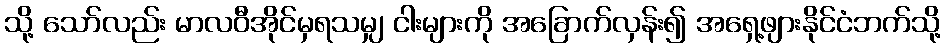
သို့ သော်လည်း မာလဝီအိုင်မှရသမျှ ငါးများကို အခြောက်လှန်း၍ အရှေ့ဖျားနိုင်ငံဘက်သို့